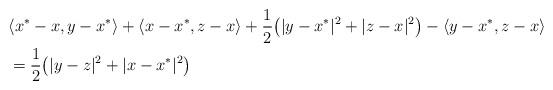
LaTeX: \begin{align*}&\langle x^*-x,y-x^*\rangle+\langle x-x^*,z-x\rangle+\frac{1}{2}\big(|y-x^*|^2+|z-x|^2\big)-\langle y-x^*,z-x\rangle \\&=\frac{1}{2}\big(|y-z|^2+|x-x^*|^2\big)\end{align*}